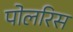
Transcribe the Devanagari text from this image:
पोलरिस